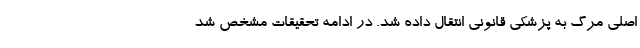
اصلی مرگ به پزشکی قانونی انتقال داده شد. در ادامه تحقیقات مشخص شد